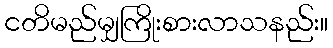
ငတိမည်မျှကြိုးစားလာသနည်း။